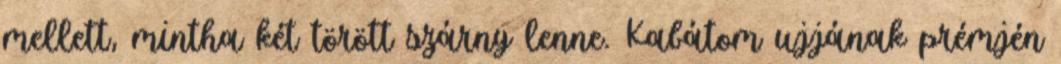
mellett, mintha két törött szárny lenne. Kabátom ujjának prémjén